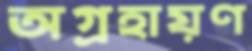
অগ্রহায়ণ